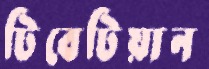
টিবেটিয়ান